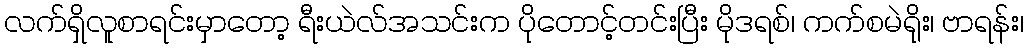
လက်ရှိလူစာရင်းမှာတော့ ရီးယဲလ်အသင်းက ပိုတောင့်တင်းပြီး မိုဒရစ်၊ ကက်စမဲရိုး၊ ဗာရန်း၊